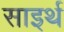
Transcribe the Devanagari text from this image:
साइर्थ